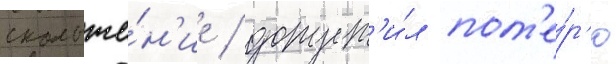
скольже́н'ие / допуст'и́л пот'е́р'ю